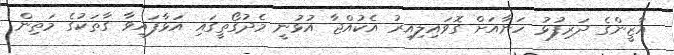
އާޒީންގެ ދަރިފުޅު ހަނާއަށް ގޮވައިލިއިރު އެކުއްޖާ އުޅުނީ މެދުގޯތީގައި އަޅާފައިވާ ގާތަކުގެ މަތިން